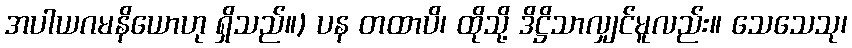
အပါယဂမနိယောဟု ရှိသည်။) ပန တထာပိ၊ ထိုသို့ ဒိဋ္ဌိသာလျှင်မူလည်း။ သေသေသု၊